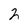
Character: 2